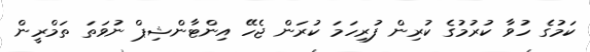
ކަމުގެ ހުވާ ކުރުމުގެ ކުރިން ފުރިހަމަ ކުރަން ޖެހޭ އިންޓާންޝިޕް ނުވަތަ ތަމްރީން